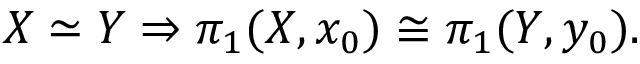
X \simeq Y \Rightarrow \pi _ { 1 } ( X , x _ { 0 } ) \cong \pi _ { 1 } ( Y , y _ { 0 } ) .